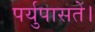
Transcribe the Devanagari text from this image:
पर्युपासते।